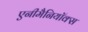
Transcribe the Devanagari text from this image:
एनीमैनियॉक्स